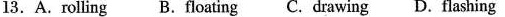
13.A.Rolling B.Floating C. Drawing D.Flashing